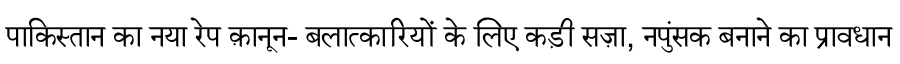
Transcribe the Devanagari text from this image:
पाकिस्तान का नया रेप क़ानून- बलात्कारियों के लिए कड़ी सज़ा, नपुंसक बनाने का प्रावधान